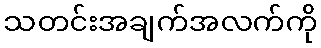
သတင်းအချက်အလက်ကို